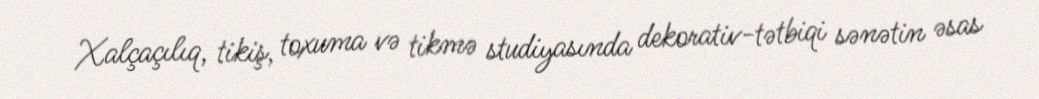
Xalçaçılıq, tikiş, toxuma və tikmə studiyasında dekorativ-tətbiqi sənətin əsas